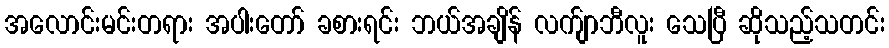
အလောင်းမင်းတရား အပါးတော် ခစားရင်း ဘယ်အချိန် လက်ျာဘီလူး သေပြီ ဆိုသည့်သတင်း